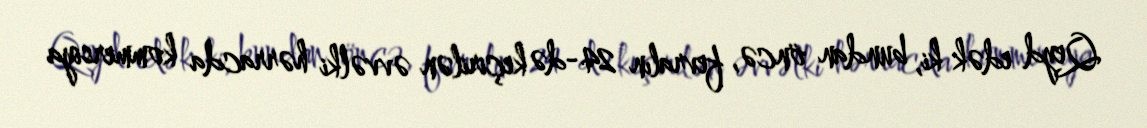
Qeyd edək ki, bundan öncə, fevralın 24-də keçirilən əvvəlki hərracda kommersiya